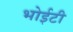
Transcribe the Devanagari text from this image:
भोईटी